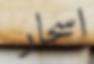
اسحار